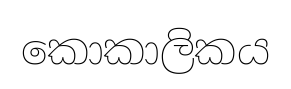
කොකාලිකය